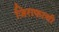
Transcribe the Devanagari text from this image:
जिराफाची